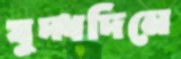
যুদ্ধদিনে